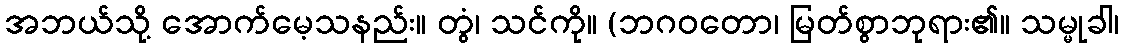
အဘယ်သို့ အောက်မေ့သနည်း။ တွံ၊ သင်ကို။ (ဘဂဝတော၊ မြတ်စွာဘုရား၏။ သမ္မုခါ၊